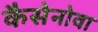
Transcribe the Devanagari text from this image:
कैसेनोवा